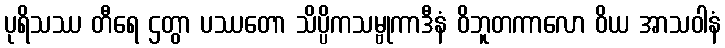
ပုရိသဿ တီရေ ဌတွာ ပဿတော သိပ္ပိကသမ္ဗုကာဒီနံ ဝိဘူတကာလော ဝိယ အာသဝါနံ